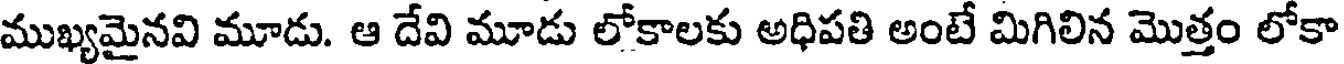
ముఖ్యమైనవి మూడు. ఆ దేవి మూడు లోకాలకు అధిపతి అంటే మిగిలిన మొత్తం లోకా